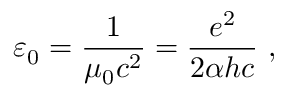
\varepsilon _ { 0 } = { \frac { 1 } { \mu _ { 0 } c ^ { 2 } } } = { \frac { e ^ { 2 } } { 2 \alpha h c } } \ ,